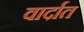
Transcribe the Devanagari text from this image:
वार्दात